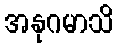
အနုဂမာသိ